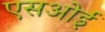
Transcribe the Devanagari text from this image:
एसओई